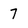
Character: 7